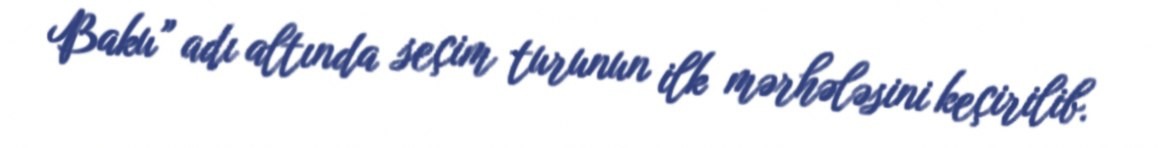
Baku” adı altında seçim turunun ilk mərhələsini keçirilib.